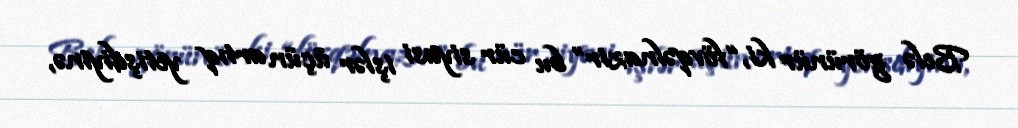
Belə görünür ki, “fövqəlnazir” bu cür siyasi işlər üçün artıq yetişdiyinə,